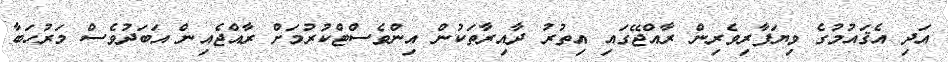
އަދި އެޤައުމުގެ ވިޔަފާރިވެރިން ރާއްޖޭގައި އިތުރު ދާއިރާތަކުން އިންވެސްޓްކުރުމަށް ރާއްޖެއިން އަބަދުވެސް މަރުހަބާ